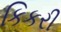
કિકરી